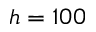
h = 1 0 0